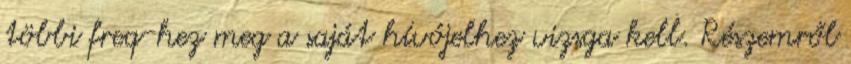
többi freq-hez meg a saját hívójelhez vizsga kell. Részemről